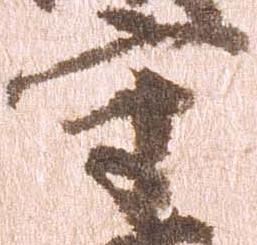
守